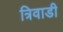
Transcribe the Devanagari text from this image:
त्रिवाडी